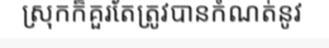
ស្រុកក៏គួរតែត្រូវបានកំណត់នូវ